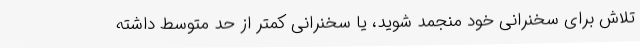
تلاش برای سخنرانی خود منجمد شوید، یا سخنرانی کمتر از حد متوسط داشته